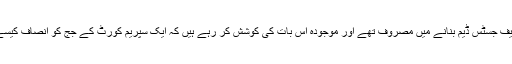
پچھلے چیف جسٹس ڈیم بنانے میں مصروف تھے اور موجودہ اس بات کی کوشش کر رہے ہیں کہ ایک سپریم کورٹ کے جج کو انصاف کیسے دلوائیں۔